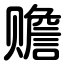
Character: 赡